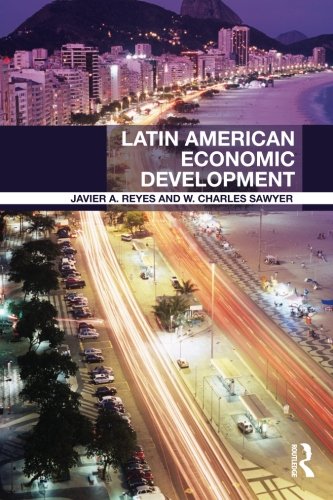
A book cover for Latin American Economic Development (Routledge Textbooks in Development Economics); Javier A. Reyes; Business & Money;